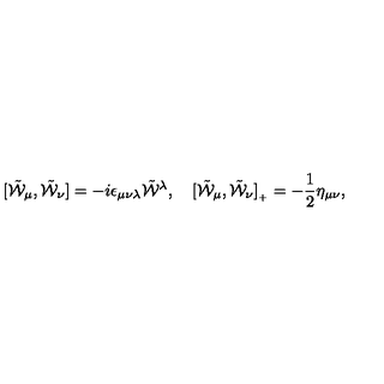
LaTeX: [ \tilde { \cal W } _ { \mu } , \tilde { \cal W } _ { \nu } ] = - i \epsilon _ { \mu \nu \lambda } \tilde { \cal W } { } ^ { \lambda } , \quad [ \tilde { \cal W } _ { \mu } , \tilde { \cal W } _ { \nu } ] _ { { } _ { + } } = - \frac { 1 } { 2 } \eta _ { \mu \nu } ,